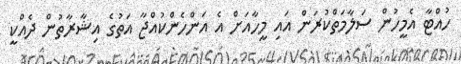
ހުއްޓާ އެމީހުން ސަލާމަތްކުރަން އައި މީހާއަށް އެ އަންހެންކުއްޖާ އަތުގެ އިޝާރާތުން ދެއްކީ